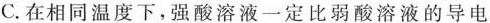
C.在相同温度下，强酸溶液一定比弱酸溶液的导电